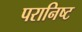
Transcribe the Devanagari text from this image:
परानिष्ट